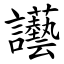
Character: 讛